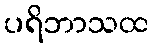
ပရိဘာသထ